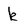
Character: k